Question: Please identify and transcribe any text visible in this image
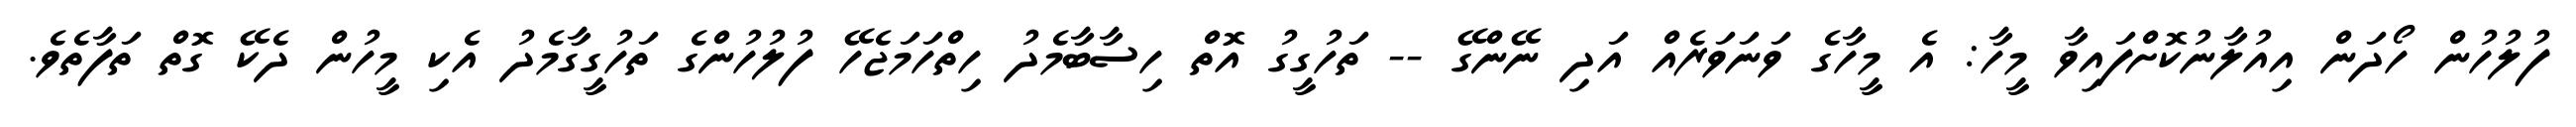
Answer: ފުލުހުން ހޯދަން އިއުލާނުކޮށްފައިވާ މީހާ: އެ މީހާގެ ވަނަވަރެއް އަދި ނޭންގޭ -- ތަހުގީގު އޮތް ހިސާބާމެދު ހިތްހަމަޖެހޭ ފުލުހުންގެ ތަހުގީގާމެދު އެކި މީހުން ދެކޭ ގޮތް ތަފާތެވެ.